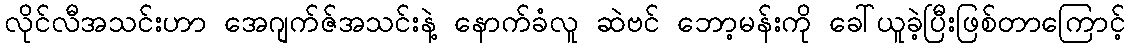
လိုင်လီအသင်းဟာ အေဂျက်ဇ်အသင်းနဲ့ နောက်ခံလူ ဆဲဗင် ဘော့မန်းကို ခေါ်ယူခဲ့ပြီးဖြစ်တာကြောင့်